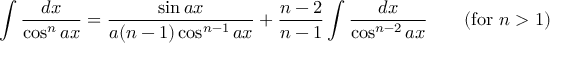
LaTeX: \int { \frac { d x } { \cos ^ { n } a x } } = { \frac { \sin a x } { a ( n - 1 ) \cos ^ { n - 1 } a x } } + { \frac { n - 2 } { n - 1 } } \int { \frac { d x } { \cos ^ { n - 2 } a x } } \qquad { \mathrm { ( f o r ~ } } n > 1 { \mathrm { ) } }